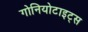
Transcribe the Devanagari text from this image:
गोनियोटाइट्स